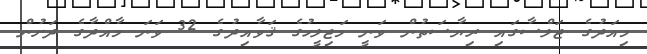
މިއަދުގެ ޖަލްސާގައި ރިޔާސަތުން ވަނީ މަޖިލީހުގެ ޤަވާއިދުގެ 32 ވަނަ މާއްދާގެ ދަށުން